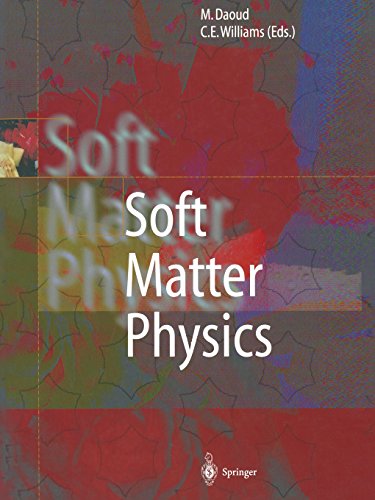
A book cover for Soft Matter Physics; Science & Math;